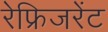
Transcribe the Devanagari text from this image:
रेफ्रिजरेंट